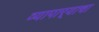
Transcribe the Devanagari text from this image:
व्यापार्‍याचा